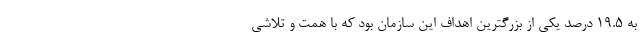
به ۱۹.۵ درصد یکی از بزرگترین اهداف این سازمان بود که با همت و تلاشی